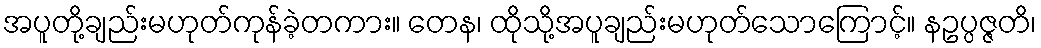
အပူတို့ချည်းမဟုတ်ကုန်ခဲ့တကား။ တေန၊ ထိုသို့အပူချည်းမဟုတ်သောကြောင့်။ နဥပ္ပဇ္ဇတိ၊